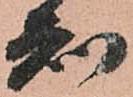
知